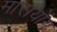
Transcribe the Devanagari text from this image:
मारायोग